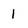
Character: 1